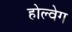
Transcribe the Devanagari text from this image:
होल्वेग